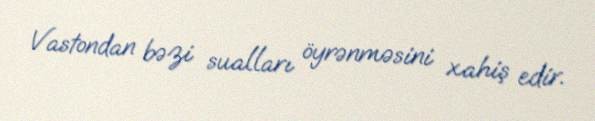
Vastondan bəzi sualları öyrənməsini xahiş edir.